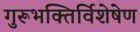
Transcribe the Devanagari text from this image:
गुरूभक्तिर्विशेषेण